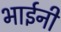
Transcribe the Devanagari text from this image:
भाईनी